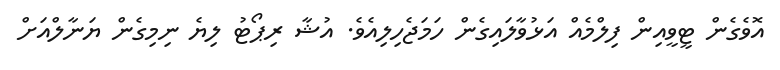
އޮވެގެން ޓީވީއިން ފިލްމެއް އަޅުވާލައިގެން ހަމަޖެހިލިއެވެ. އުޝާ ރިޕޯޓު ލިޔެ ނިމިގެން ޔަނާލްއަށް